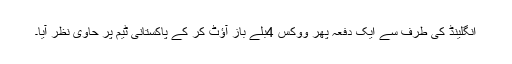
انگلینڈ کی طرف سے ایک دفعہ پھر ووکس 4بلے باز آؤٹ کر کے پاکستانی ٹیم پر حاوی نظر آیا۔